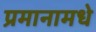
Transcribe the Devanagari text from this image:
प्रमानामधे